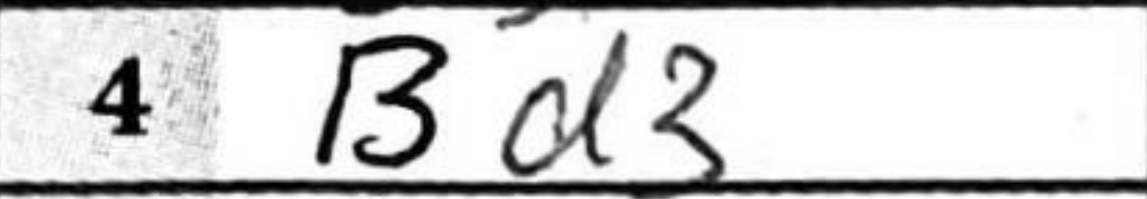
Transcription: Bd3